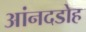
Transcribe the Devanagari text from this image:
आंनदडोह